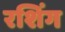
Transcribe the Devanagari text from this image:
रशिंग